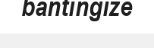
bantingize